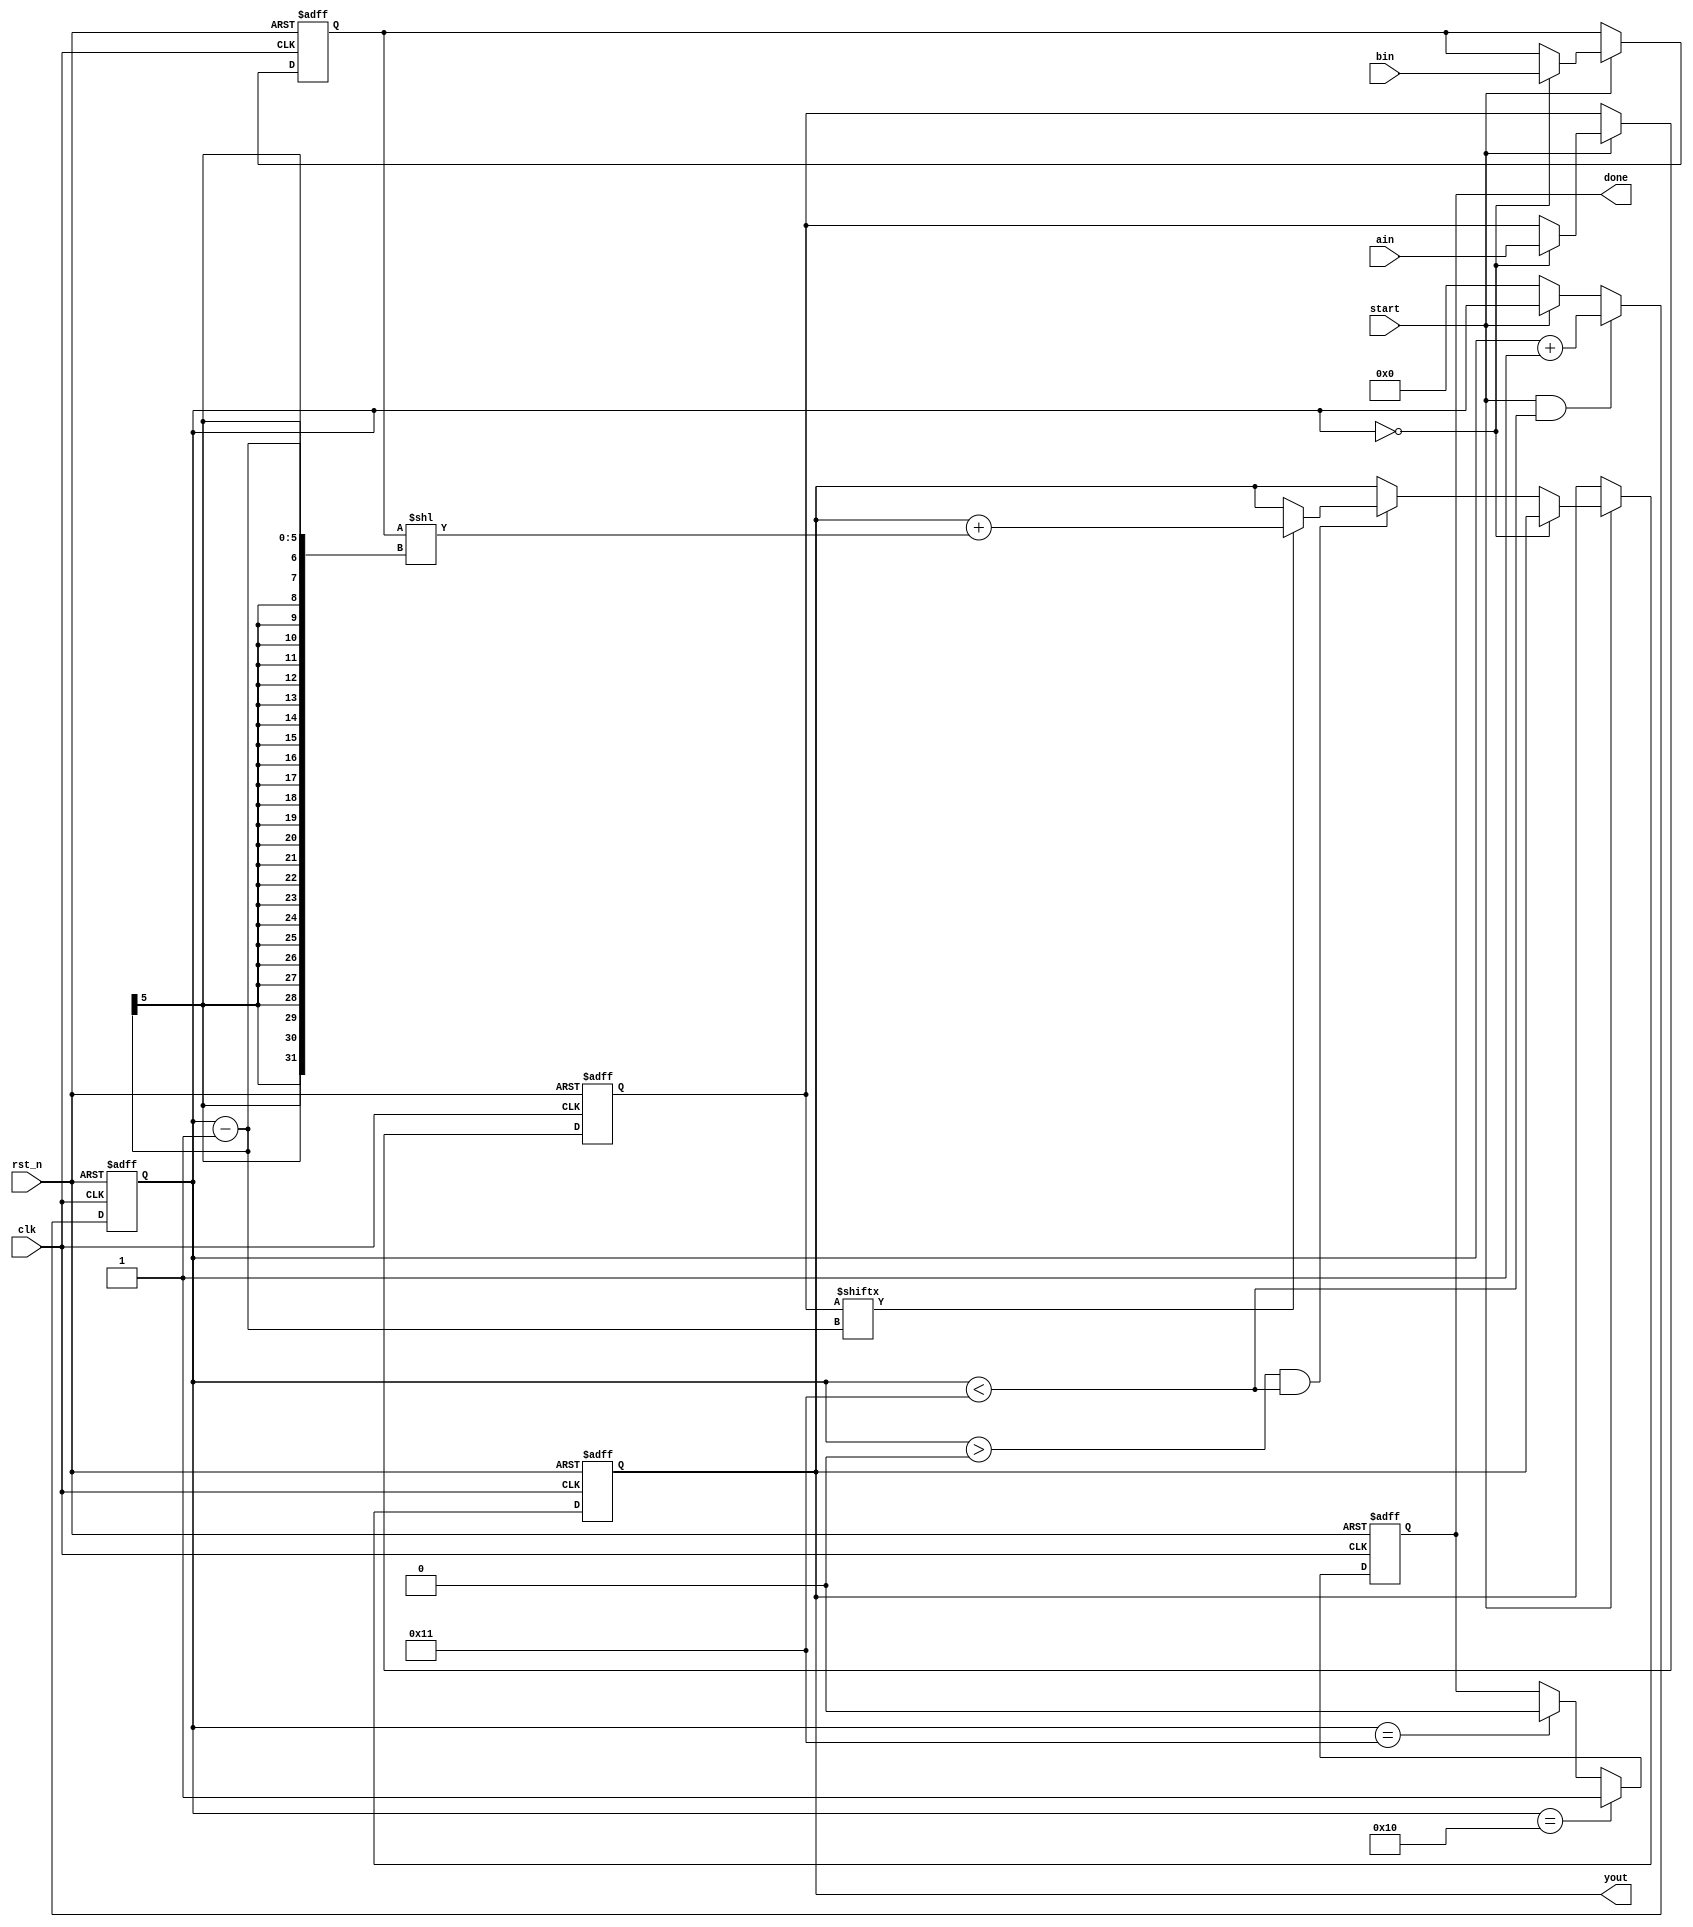
module verified_multi_16bit(
    clk, 
    rst_n,
    start, 
    ain, 
    bin, 
    yout, 
    done
);

input clk;        // Chip clock signal.
input rst_n;      // Active-low reset signal. Defined as 0 for chip reset; defined as 1 for reset signal inactive.
input start;      // Chip enable signal. 
input [15:0] ain; // Input a (multiplicand) with a data width of 16 bits.
input [15:0] bin; // Input b (multiplier) with a data width of 16 bits.

output [31:0] yout; // Product output with a data width of 32 bits.
output done;      // Chip output flag signal. Defined as 1 indicates multiplication operation completion.

reg [15:0] areg;    // Multiplicand a register.
reg [15:0] breg;    // Multiplier b register.
reg [31:0] yout_r;  // Product register.
reg done_r;
reg [4:0] i;        // Shift count register.


//------------------------------------------------
// Data bit control
always @(posedge clk or negedge rst_n)
    if (!rst_n) i <= 5'd0;
    else if (start && i < 5'd17) i <= i + 1'b1; 
    else if (!start) i <= 5'd0;

//------------------------------------------------
// Multiplication completion flag generation
always @(posedge clk or negedge rst_n)
    if (!rst_n) done_r <= 1'b0;
    else if (i == 5'd16) done_r <= 1'b1; // Multiplication completion flag
    else if (i == 5'd17) done_r <= 1'b0; // Flag reset

assign done = done_r;

//------------------------------------------------
// Dedicated register for shift and accumulate operation
always @(posedge clk or negedge rst_n) begin
    if (!rst_n) begin 
        areg <= 16'h0000;
        breg <= 16'h0000;
        yout_r <= 32'h00000000;
    end
    else if (start) begin // Start operation
        if (i == 5'd0) begin // Store multiplicand and multiplier
            areg <= ain;
            breg <= bin;
        end
        else if (i > 5'd0 && i < 5'd17) begin
            if (areg[i-1]) 
            yout_r <= yout_r + ({16'h0000, breg} << (i-1)); // Accumulate and shift
        end
    end
end

assign yout = yout_r;

endmodule